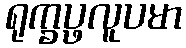
ရုက္ခပ္ဖလူပမာ